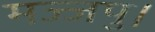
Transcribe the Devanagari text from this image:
मज्जपु।